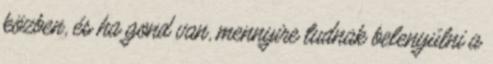
közben, és ha gond van, mennyire tudnak belenyúlni a